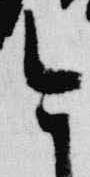
今